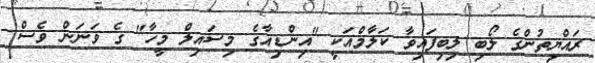
ރައްޔިތުންގެ ލޯބި ލިބިފައިވާ ކަލާމްއަކީ "އިންޑިއާގެ މިސައިލް މީހާ" ގެ ވަނަން ވެސް